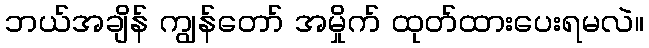
ဘယ်အချိန် ကျွန်တော် အမှိုက် ထုတ်ထားပေးရမလဲ။